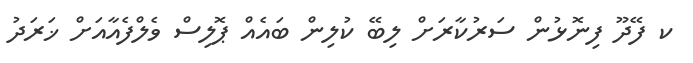
ކ ފޭދޫ ފިނޮޅުން ސަރުކާރަށް ލިބޭ ކުލިން ބައެއް ޕޮލިސް ވެލްފެއާއަށް ޚަރަދު